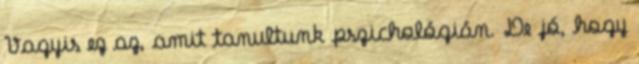
Vagyis ez az, amit tanultunk pszichológián. De jó, hogy